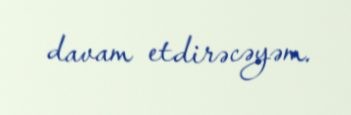
davam etdirəcəyəm.